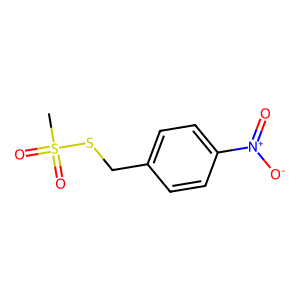
SMILES: CS(=O)(=O)SCc1ccc([N+](=O)[O-])cc1
Inhibits HIV replication: No